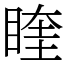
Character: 睳